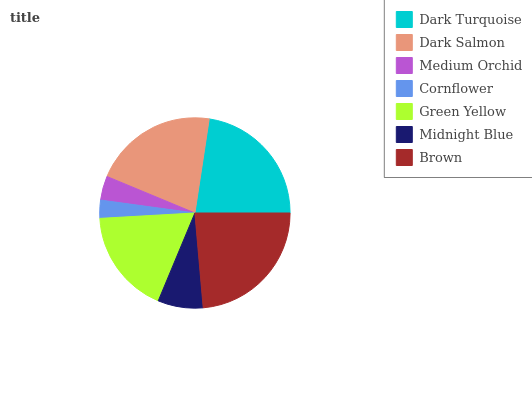
| Dark Turquoise | Dark Salmon | Medium Orchid | Cornflower | Green Yellow | Midnight Blue | Brown |
 | --- | --- | --- | --- | --- | --- | --- |
 | 22.6% | 21.2% | 4.09% | 3.07% | 17.8% | 7.67% | 23.6% |